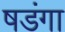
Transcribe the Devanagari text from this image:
षडंगा